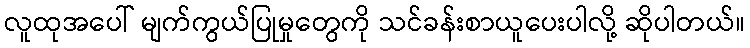
လူထုအပေါ် မျက်ကွယ်ပြုမှုတွေကို သင်ခန်းစာယူပေးပါလို့ ဆိုပါတယ်။